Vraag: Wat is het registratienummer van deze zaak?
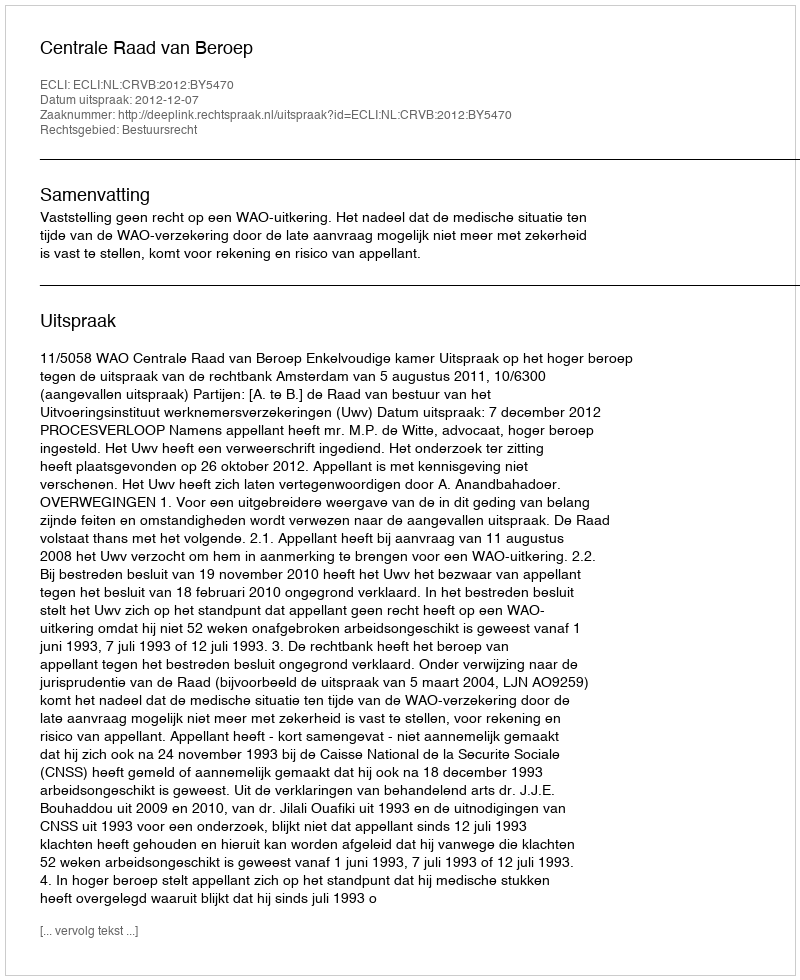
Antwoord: http://deeplink.rechtspraak.nl/uitspraak?id=ECLI:NL:CRVB:2012:BY5470